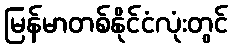
မြန်မာတစ်နိုင်ငံလုံးတွင်